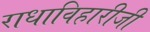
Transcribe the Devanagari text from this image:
राधाविहारीजी